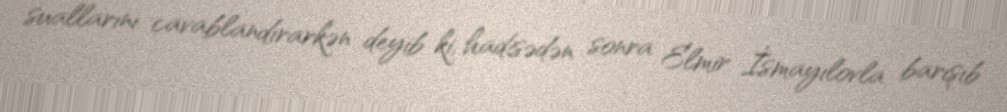
suallarını cavablandırarkən deyib ki, hadisədən sonra Elmir İsmayılovla barışıb